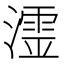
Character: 𭲬